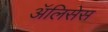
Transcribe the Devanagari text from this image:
ॲलिसेस